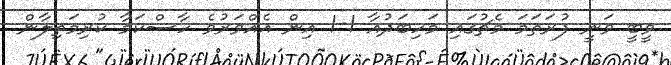
ވީބީ ވަނީ ފުރަތަމަ މެޗުގައި މަހިބަދުއާ 1-1 އިން އެއްވަރުވެ ހާސްކަމާ ކުރިމަތިލާން